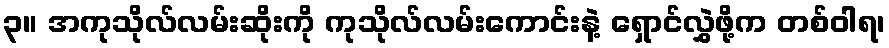
၃။ အကုသိုလ်လမ်းဆိုးကို ကုသိုလ်လမ်းကောင်းနဲ့ ရှောင်လွှဲဖို့က တစ်ဝါရ၊